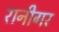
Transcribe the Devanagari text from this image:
रानीगर